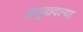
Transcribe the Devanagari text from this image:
अनुवादल्या